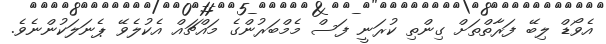
އެވޯޑް ލިބޭ ފަރާތްތަށް ގިންތި ކުރަނީ ފަސް މެމްބަރުންގެ މައްޗައް އެކުލެވޭ ޕެނަލަކުންނެވެ.